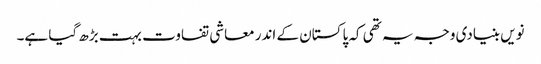
نویں بنیادی وجہ یہ تھی کہ پاکستان کے اندر معاشی تفاوت بہت بڑھ گیا ہے۔